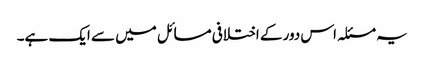
یہ مسئلہ اس دور کے اختلافی مسائل میں سے ایک ہے۔